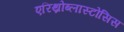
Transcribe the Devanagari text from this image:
एरिथ्रोब्लास्टोसिस